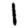
Digit: 1